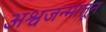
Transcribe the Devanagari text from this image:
अश्वजन्मातून